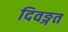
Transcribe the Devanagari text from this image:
दिवङ्गत